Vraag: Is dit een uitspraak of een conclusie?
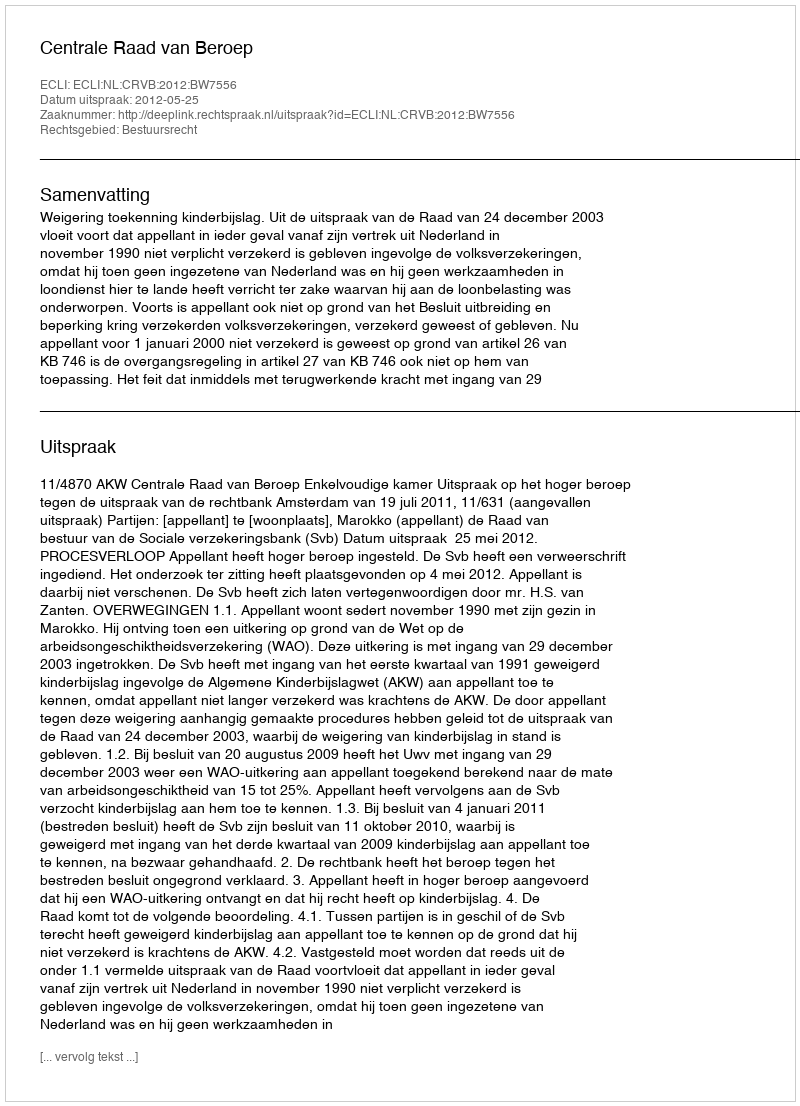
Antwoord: Uitspraak